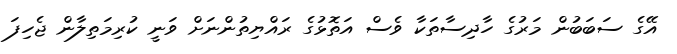
އޭގެ ސަބަބުން މަރުގެ ހާދިސާތަކާ ވެސް އަތޮޅުގެ ރައްޔިތުންނަށް ވަނީ ކުރިމަތިލާން ޖެހިފަ